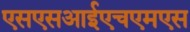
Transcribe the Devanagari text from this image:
एसएसआईएचएमएस